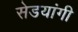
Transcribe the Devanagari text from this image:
सेडयांगी